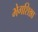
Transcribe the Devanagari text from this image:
भेगशिश्ना